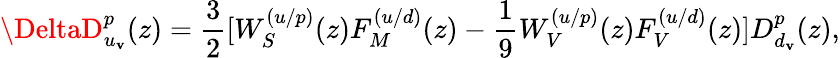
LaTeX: \DeltaD_{u_{\mathbf{v}}}^{p}(z)=\frac{3}{2}[W_{S}^{(u/p)}(z)F_{M}^{(u/d)}(z)-\frac{{1}}{{9}}W_{V}^{(u/p)}(z)F_{V}^{(u/d)}(z)]D_{d_{\mathbf{v}}}^{p}(z),